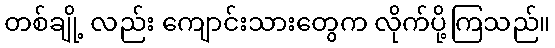
တစ်ချို့ လည်း ကျောင်းသားတွေက လိုက်ပို့ကြသည်။